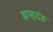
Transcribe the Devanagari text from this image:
ब्रम्हदंड